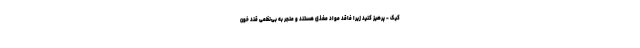
کیک - پرهیز کنید زیرا فاقد مواد مغذی هستند و منجر به بی‌نظمی قند خون